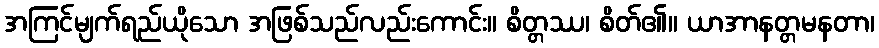
အကြင်မျက်ရည်ယိုသော အဖြစ်သည်လည်းကောင်း။ စိတ္တဿ၊ စိတ်၏။ ယာအာနတ္တမနတာ၊